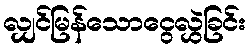
လျှင်မြန်သောငွေလွှဲခြင်း